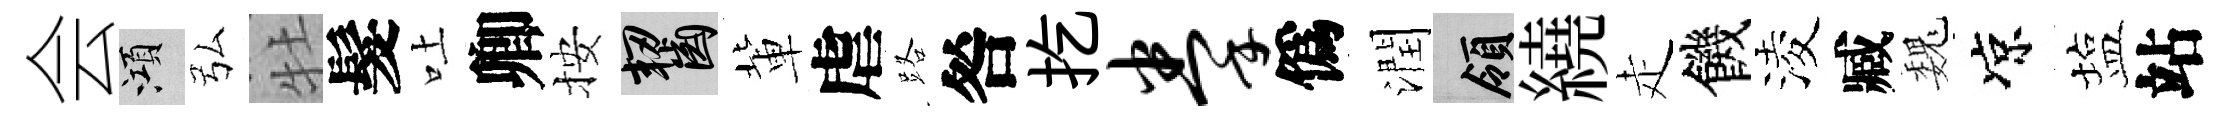
会澒弘牡髮吐卿按齧軰虐路咎扢拳僞潤領繞走饑淩臧巍凉塩站